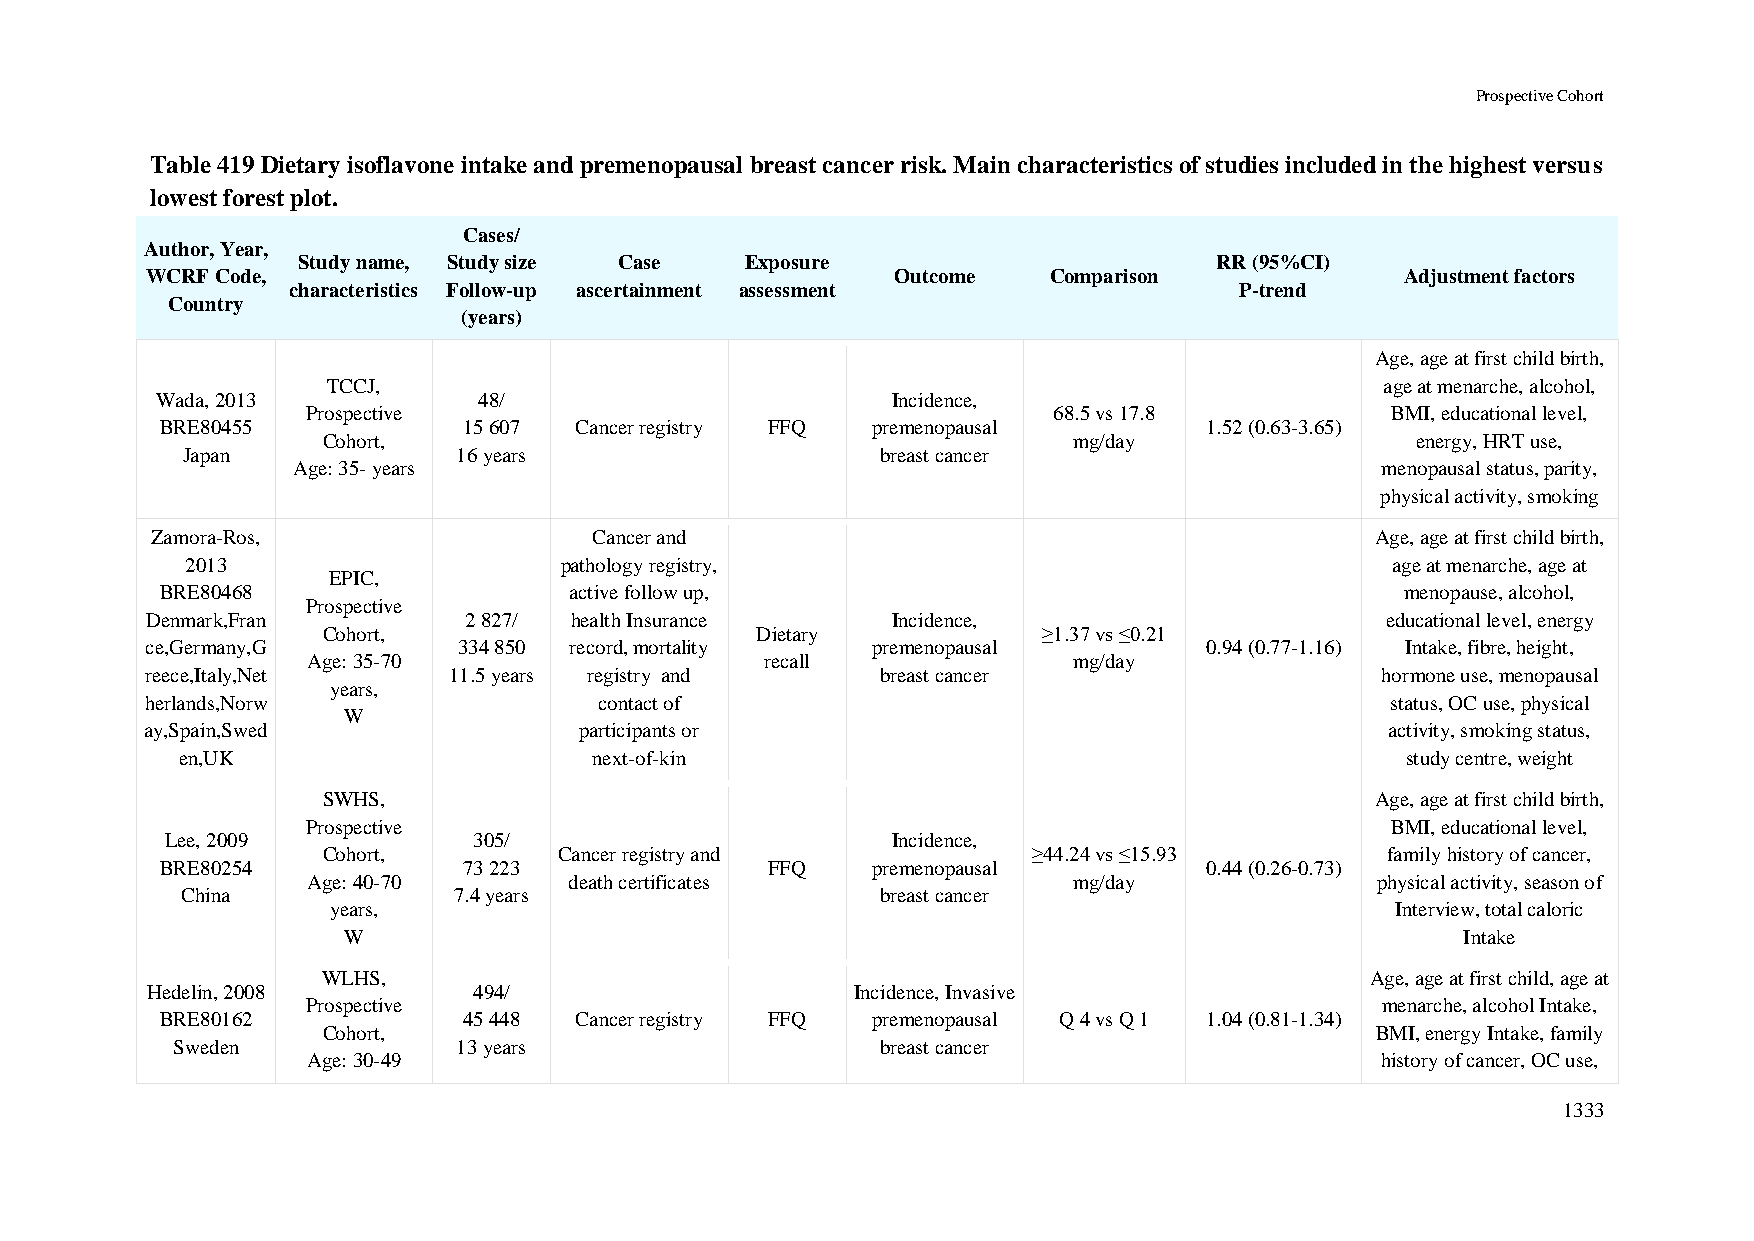
Prospective Cohort
 Table 419 Dietary isoflavone intake and premenopausal breast cancer risk. Main characteristics of studies included in the highest versus
 lowest forest plot.
 Cases/
 Author, Year,
 Study name, Study size Case  Exposure                        RR (95%CI)
 WCRF Code,                                       Outcome   Comparison              Adjustment factors
 characteristics Follow-up ascertainment assessment             P-trend
 Country
 (years)
 Age, age at first child birth,
 TCCJ,                                                                 age at menarche, alcohol,
 Wada, 2013            48/                        Incidence,
 Prospective                                       68.5 vs 17.8          BMI, educational level,
 BRE80455            15 607 Cancer registry FFQ premenopausal         1.52 (0.63-3.65)
 Cohort,                                           mg/day                 energy, HRT use,
 Japan             16 years                    breast cancer
 Age: 35- years                                                          menopausal status, parity,
 physical activity, smoking
 Zamora-Ros,                  Cancer and                                          Age, age at first child birth,
 2013                     pathology registry,                                    age at menarche, age at
 EPIC,
 BRE80468                   active follow up,                                      menopause, alcohol,
 Prospective
 Denmark,Fran         2 827/ health Insurance     Incidence,                       educational level, energy
 Cohort,                      Dietary            ≥1.37 vs ≤0.21
 ce,Germany,G        334 850 record, mortality   premenopausal         0.94 (0.77-1.16) Intake, fibre, height,
 Age: 35-70                     recall              mg/day
 reece,Italy,Net     11.5 years registry and     breast cancer                    hormone use, menopausal
 years,
 herlands,Norw                 contact of                                          status, OC use, physical
 W
 ay,Spain,Swed               participants or                                       activity, smoking status,
 en,UK                      next-of-kin                                           study centre, weight
 SWHS,                                                                 Age, age at first child birth,
 Prospective                                                             BMI, educational level,
 Lee, 2009           305/                        Incidence,
 Cohort,         Cancer registry and            ≥44.24 vs ≤15.93        family history of cancer,
 BRE80254            73 223              FFQ    premenopausal         0.44 (0.26-0.73)
 Age: 40-70        death certificates               mg/day              physical activity, season of
 China             7.4 years                   breast cancer
 years,                                                                Interview, total caloric
 W                                                                         Intake
 WLHS,                                                                 Age, age at first child, age at
 Hedelin, 2008        494/                      Incidence, Invasive
 Prospective                                                            menarche, alcohol Intake,
 BRE80162            45 448 Cancer registry FFQ premenopausal Q 4 vs Q 1 1.04 (0.81-1.34)
 Cohort,                                                               BMI, energy Intake, family
 Sweden             13 years                    breast cancer
 Age: 30-49                                                             history of cancer, OC use,
 1333